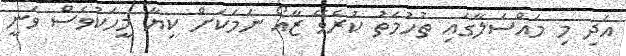
އަދި މި މައްސަލާގައި ތުހުމަތު ކުރެވޭ ޒާއޯ ނަމަކަށް ކިޔާ މީހަކުވެސް ވަނީ